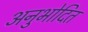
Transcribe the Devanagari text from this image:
अनुभोदित